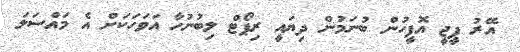
އޭރު ޕީޖީ އޮފީހުން ބުނަމުން ދިޔައީ ރިޕޯޓް ލިބުނުހާ އަވަހަކަށް އެ މައްސަލަ